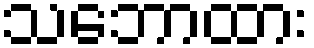
သဘောထား